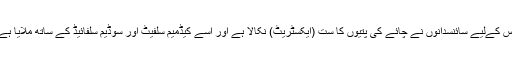
اس کےلیے سائنسدانوں نے چائے کی پتیوں کا ست (ایکسٹریٹ) نکالا ہے اور اسے کیڈمیم سلفیٹ اور سوڈیم سلفائیڈ کے ساتھ ملایا ہے۔